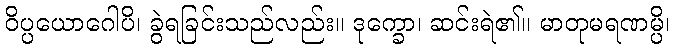
ဝိပ္ပယောဂေါပိ၊ ခွဲရခြင်းသည်လည်း။ ဒုက္ခော၊ ဆင်းရဲ၏။ မာတုမရဏမ္ပိ၊